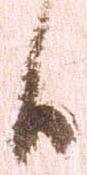
候